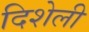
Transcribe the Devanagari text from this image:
दिशेली